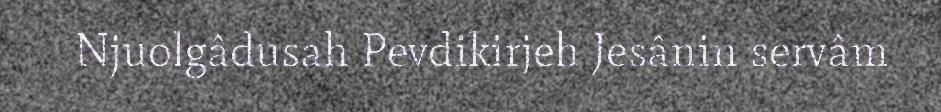
Njuolgâdusah Pevdikirjeh Jesânin servâm